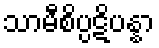
သာမီစိပ္ပဋိပန္နာ